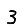
Digit: 3